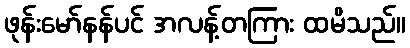
ဖုန်းမော်နန်ပင် အလန့်တကြား ထမိသည်။